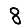
Digit: 8